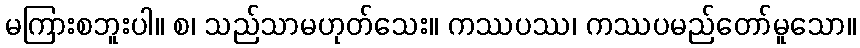
မကြားစဘူးပါ။ စ၊ သည်သာမဟုတ်သေး။ ကဿပဿ၊ ကဿပမည်တော်မူသော။